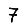
Digit: 7